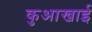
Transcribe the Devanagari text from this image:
कुआखाई